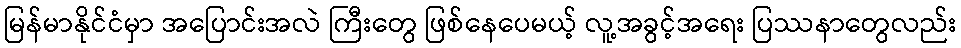
မြန်မာနိုင်ငံမှာ အပြောင်းအလဲ ကြီးတွေ ဖြစ်နေပေမယ့် လူ့အခွင့်အရေး ပြဿနာတွေလည်း